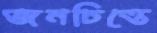
জনচিত্তে